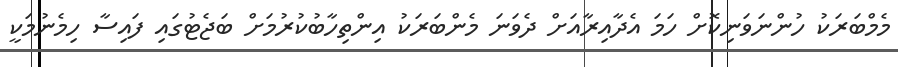
މެމްބަރަކު ހުންނަވަނިކޮށް ހަމަ އެދާއިރާއަށް ދެވަނަ މެންބަރަކު އިންތިހާބުކުރުމަށް ބަޖެޓުގައި ފައިސާ ހިމެނުމަކީ